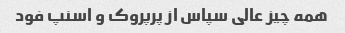
همه چیز عالی سپاس از پرپروک و اسنپ فود